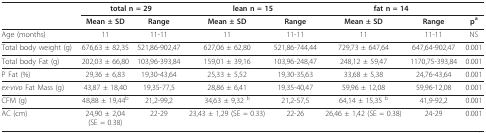
|  | <COLSPAN=2> total n = 29 | <COLSPAN=2> lean n = 15 | <COLSPAN=2> fat n = 14 |  |
 |  | Mean ± SD | Range | Mean ± SD | Range | Mean ± SD | Range | pa |
 | --- | --- | --- | --- | --- | --- | --- | --- |
 | Age (months) | 11 | 11-11 | 11 | 11-11 | 11 | 11-11 | NS |
 | Total body weight (g) | 676,63 ± 82,35 | 521,86-902,47 | 627,06 ± 62,80 | 521,86-744,44 | 729,73 ± 647,64 | 647,64-902,47 | 0.001 |
 | Total body Fat (g) | 202,03 ± 66,80 | 103,96-393,84 | 159,01 ± 39,16 | 103,96-248,47 | 248,12 ± 59,47 | 1170,75-393,84 | 0.001 |
 | P Fat (%) | 29,36 ± 6,83 | 19,30-43,64 | 25,33 ± 5,52 | 19,30-35,63 | 33,68 ± 5,38 | 24,76-43,64 | 0.001 |
 | ex-vivo Fat Mass (g) | 43,87 ± 18,40 | 19,35-77,5 | 28,86 ± 6,41 | 19,35-40,47 | 59,96 ± 12,08 | 59,96-12,08 | 0.001 |
 | CFM (g) | 48,88 ± 19,44b | 21,2-99,2 | 34,63 ± 9,32 b | 21,2-57,5 | 64,14 ± 15,35 b | 41,9-92,2 | 0.001 |
 | AC (cm) | 24,90 ± 2,04 (SE = 0.38) | 22-29 | 23,43 ± 1,29 (SE = 0.33) | 22-26 | 26,46 ± 1,42 (SE = 0.38) | 24-29 | 0.001 |